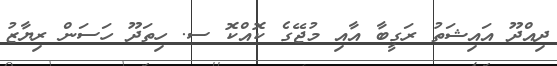
ދިއްދޫ އައިޝަތު ރަގީބާ އާއި މުޖޭގެ ކޮއްކޮ ސ. ހިތަދޫ ހަސަން ރިޔާޒު